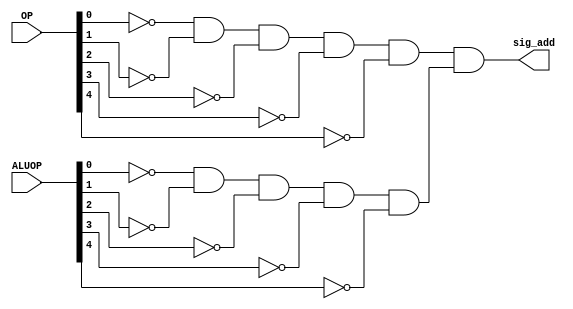
/*module test(Q, D, clk, en, clr);
	// module dffe_PC(Q, D, clk, en, clr);
	// module PC_Adder(Address_previous, Address_next);
	
	input clk, en, clr;
	output [11:0] Q, D;
	
	dffe_PC PC (Q, D, clk, en, clr);
	PC_Adder Adder (Q, D);
	
endmodule*/

/*module test(OP, ALUOP, sig_add);
	input [4:0] OP, ALUOP;
	output sig_add;
	
	wire [4:0] andresult;
	
	and myand0 (andresult[0], ~OP[0], ~ALUOP[0]);
	and myand1 (andresult[1], ~OP[1], ~ALUOP[1]);
	and myand2 (andresult[2], ~OP[2], ~ALUOP[2]);
	and myand3 (andresult[3], ~OP[3], ~ALUOP[3]);
	and myand4 (andresult[4], ~OP[4], ~ALUOP[4]);
	
	and final (sig_add, andresult[0], andresult[1], andresult[2], andresult[3], andresult[4]);
	
endmodule*/

module test(OP, ALUOP, sig_add);
	input [4:0] OP, ALUOP;
	output sig_add;
	
	wire op_and, aluop_and;
	and myOP_and (op_and, ~OP[0], ~OP[1], ~OP[2], ~OP[3], ~OP[4]);
	and myALUOP_and (aluop_and, ~ALUOP[0], ~ALUOP[1], ~ALUOP[2], ~ALUOP[3], ~ALUOP[4]);
	
	and final (sig_add, op_and, aluop_and);
	
endmodule